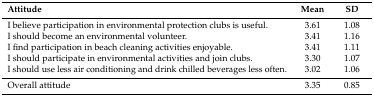
<table><thead><tr><td><b>Attitude </b></td><td><b>Mean</b></td><td><b>SD</b></td></tr></thead><tbody><tr><td>I believe participation in environmental protection clubs is useful.</td><td>3.61</td><td>1.08</td></tr><tr><td>I should become an environmental volunteer. </td><td>3.41</td><td>1.16</td></tr><tr><td>I find participation in beach cleaning activities enjoyable. </td><td>3.41</td><td>1.11</td></tr><tr><td>I should participate in environmental activities and join clubs.</td><td>3.30</td><td>1.07</td></tr><tr><td>I should use less air conditioning and drink chilled beverages less often.</td><td>3.02</td><td>1.06</td></tr><tr><td>Overall attitude </td><td>3.35</td><td>0.85</td></tr></tbody></table>